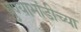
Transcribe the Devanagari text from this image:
धुण्याभांडीच्या